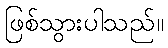
ဖြစ်သွားပါသည်။